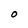
Character: O